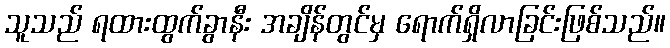
သူသည် ရထားထွက်ခွာနီး အချိန်တွင်မှ ရောက်ရှိလာခြင်းဖြစ်သည်။